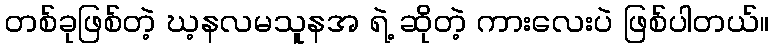
တစ်ခုဖြစ်တဲ့ ဃ့နလမသူနအ ရဲ့ ဆိုတဲ့ ကားလေးပဲ ဖြစ်ပါတယ်။